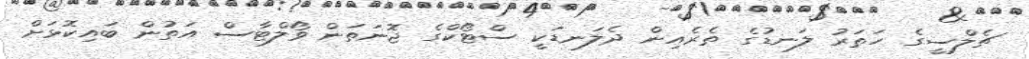
ޗެލްސީގެ ހަތަރު ލަނޑުގެ ތެރެއިން ދެލަނޑަކީ ސްޓޯކްގެ ޖޮނަތަން ވޯލްޓާސް އަތުން ބައިކޮޅަށް